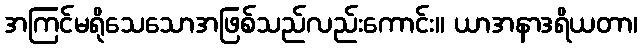
အကြင်မရိုသေသောအဖြစ်သည်လည်းကောင်း။ ယာအနာဒရိယတာ၊